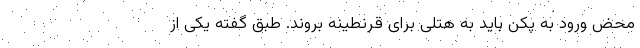
محض ورود به پکن باید به هتلی برای قرنطینه بروند. طبق گفته یکی از